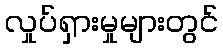
လှုပ်ရှားမှုများတွင်